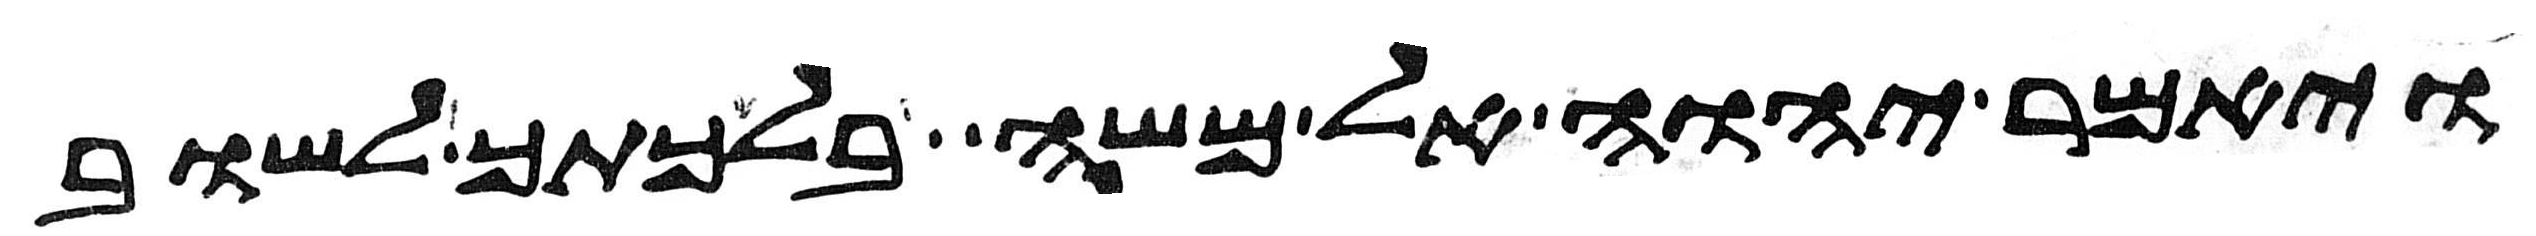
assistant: ויאמר יהוה אל משה בלכתך לשוב